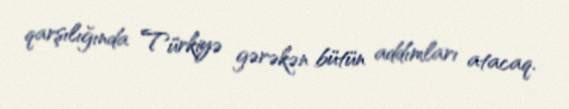
qarşılığında Türkiyə gərəkən bütün addımları atacaq.